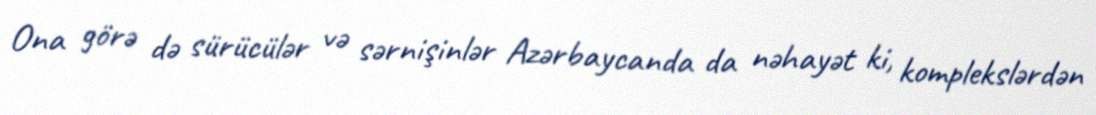
Ona görə də sürücülər və sərnişinlər Azərbaycanda da nəhayət ki, komplekslərdən